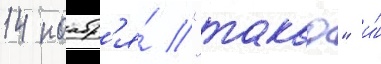
14 ноабр'я́ "такао" и́